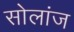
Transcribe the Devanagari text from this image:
सोलांज